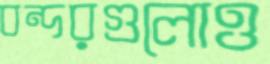
বন্দরগুলোও